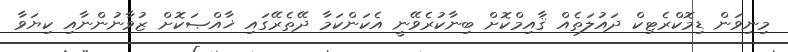
މިނިވަން ޑިމޮކްރެޓިކް ދައުލަތެއް ޤާއިމްކޮށް ބިނާކުރެވޭނީ އެކަންކަމާ ދޭތެރޭގައި ޚާއްޞަކޮށް ޒުވާނުންނާއި ކިޔަވާ